Indian Civil Veterinary Department memoirs
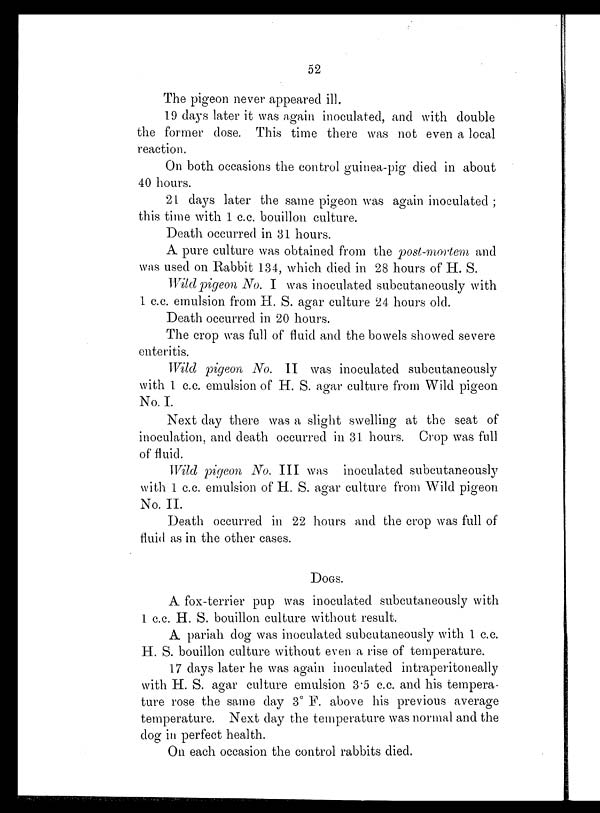
52
The
never appeared ill.
19 days later it was again inoculated, and with double
the former dose. This time there was not even a local
reaction.
On both occasions the control guinea-pig died in about
40 hours.
21 days later the same pigeon was again inoculated ;
this time with 1 c.c. bouillon culture.
Death occurred in 31 hours.
A pure culture was obtained from the post-mortem and
was used on Rabbit 134, which died in 28 hours of H. S.
Wild pigeon No. I was inoculated subcutaneously with
1 c.c. emulsion from H. S. agar culture 24 hours old.
Death occurred in 20 hours.
The crop was full of fluid and the bowels showed severe
enteritis.
Wild pigeon No. II was inoculated subcutaneously
with 1 c.c. emulsion of H. S. agar culture from Wild pigeon
No. I.
Next day there was a slight swelling at the seat of
inoculation, and death occurred in 31 hours. Crop was full
of fluid.
Wild pigeon No. III was inoculated subcutaneously
with 1 c.c. emulsion of H. S. agar culture from Wild pigeon
No. II.
Death occurred in 22 hours and the crop was full of
fluid as in the other cases.
DOGS.
A fox-terrier pup was inoculated subcutaneously with
1 c.c. H. S. bouillon culture without result.
A pariah dog was inoculated subcutaneously with 1 c.c.
H. S. bouillon culture without even a rise of temperature.
17 days later he was again inoculated intraperitoneally
with H. S. agar culture emulsion 3.5 c.c. and his tempera-
ture rose the same day 3° F. above his previous average
temperature. Next day the temperature was normal and the
dog in perfect health.
On each occasion the control rabbits died.